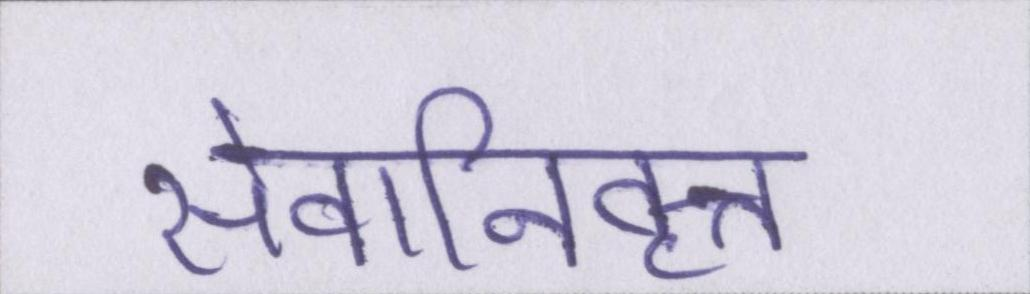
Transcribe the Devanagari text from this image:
सेवानिवृत्त